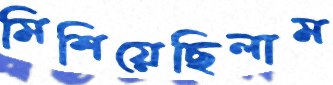
মিশিয়েছিলাম